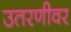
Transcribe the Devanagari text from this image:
उतरणीवर